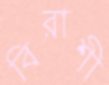
বিরাশী